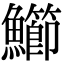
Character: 䲙